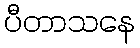
ပီတာသနေ